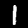
Label: 1